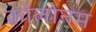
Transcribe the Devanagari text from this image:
कोलोनम